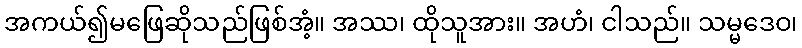
အကယ်၍မဖြေဆိုသည်ဖြစ်အံ့။ အဿ၊ ထိုသူအား။ အဟံ၊ ငါသည်။ သမ္မဒေဝ၊